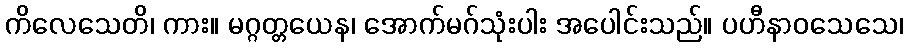
ကိလေသေတိ၊ ကား။ မဂ္ဂတ္တယေန၊ အောက်မဂ်သုံးပါး အပေါင်းသည်။ ပဟီနာဝသေသေ၊